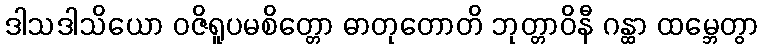
ဒါသဒါသိယော ဝဇိရူပမစိတ္တော ဓာတုတောတိ ဘုတ္တာဝိနီ ဂန္ထာ ထမ္ဘေတွာ